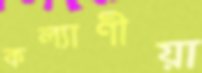
কল্যাণীয়া